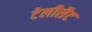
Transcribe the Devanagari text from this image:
टेलीसैट